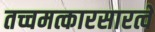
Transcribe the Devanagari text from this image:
तच्चमत्कारसारत्वे